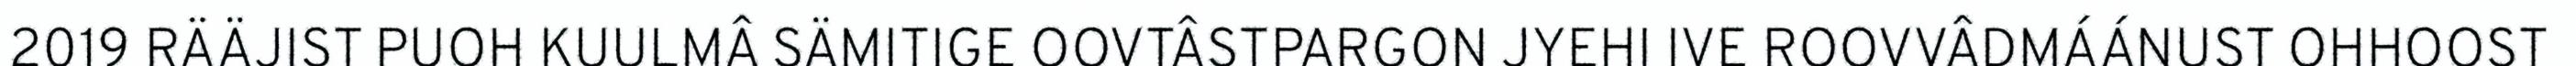
2019 RÄÄJIST PUOH KUULMÂ SÄMITIGE OOVTÂSTPARGON JYEHI IVE ROOVVÂDMÁÁNUST OHHOOST